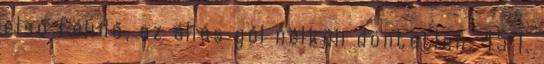
első félidő, az állás gól nélküli döntetlen. 45 1.